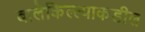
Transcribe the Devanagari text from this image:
बालेकिल्ल्याकडील